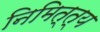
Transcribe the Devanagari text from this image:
निमित्त्य